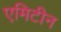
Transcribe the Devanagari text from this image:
एमिटीन